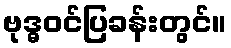
ဗုဒ္ဓဝင်ပြခန်းတွင်။